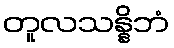
တူလသန္နိဘံ